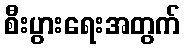
စီးပွားရေးအတွက်